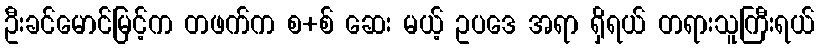
ဦးခင်မောင်မြင့်က တဖက်က စ+စ် ဆေး မယ့် ဥပဒေ အရာ ရှိရယ် တရားသူကြီးရယ်